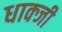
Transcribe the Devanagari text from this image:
धाक्जी